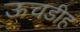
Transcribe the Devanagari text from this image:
ऊचडीह